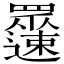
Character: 𲆉